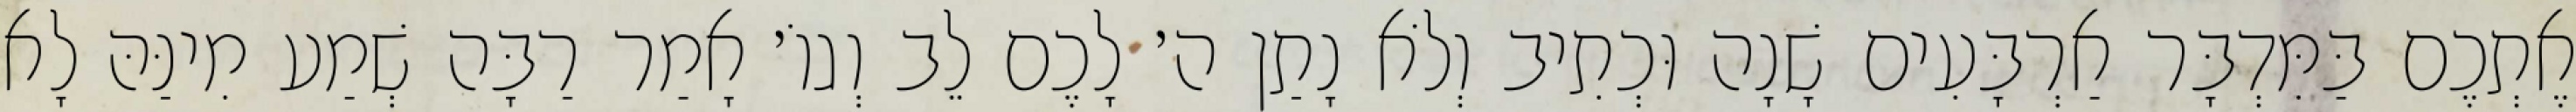
אֶתְכֶם בַּמִּדְבָּר אַרְבָּעִים שָׁנָה וּכְתִיב וְלֹא נָתַן ה׳ לָכֶם לֵב וְגוֹ׳ אָמַר רַבָּה שְׁמַע מִינַּהּ לָא